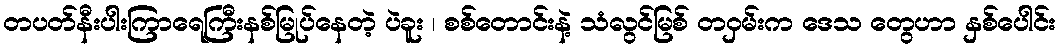
တပတ်နီးပါးကြာရေကြီးနစ်မြုပ်နေတဲ့ ပဲခူး ၊ စစ်တောင်းနဲ့ သံလွင်မြစ် တဝှမ်းက ဒေသ တွေဟာ နှစ်ပေါင်း